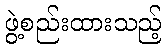
ဖွဲ့စည်းထားသည့်